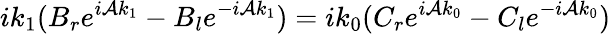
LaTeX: ik_{1}(B_{r}e^{i\mathcal{A}k_{1}}-B_{l}e^{-i\mathcal{A}k_{1}})=ik_{0}(C_{r}e^{i\mathcal{A}k_{0}}-C_{l}e^{-i\mathcal{A}k_{0}})